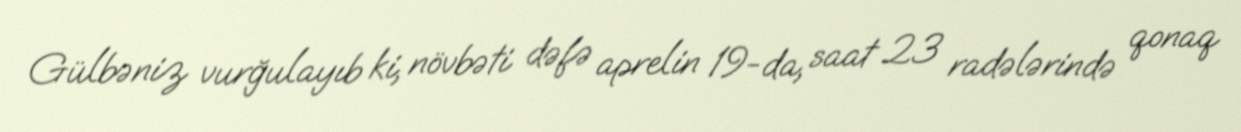
Gülbəniz vurğulayıb ki, növbəti dəfə aprelin 19-da, saat 23 radələrində qonaq